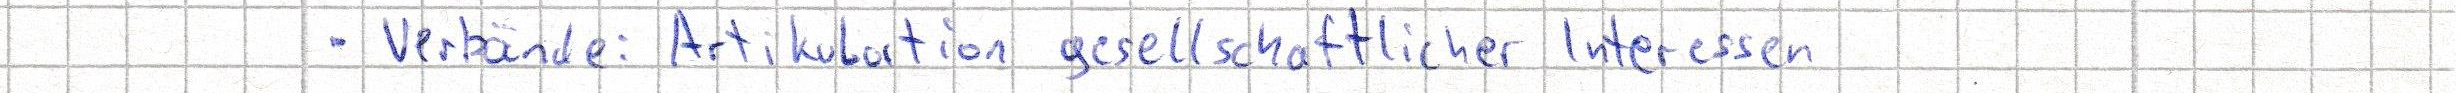
- Verbände: Artikulation gesellschaftlicher Interessen